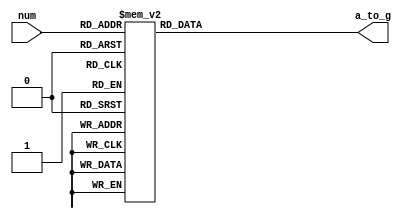
`timescale 1ns / 1ps
//////////////////////////////////////////////////////////////////////////////////
// Company: 
// Engineer: 
// 
// Design Name: 
// Module Name:    sevenseg 
// Project Name: 
// Target Devices: 
// Tool versions: 
// Description: 
//
// Dependencies: 
//
// Revision: 
// Revision 0.01 - File Created
// Additional Comments: 
//
//////////////////////////////////////////////////////////////////////////////////
module sevenseg(
	input [3:0] num,
	output reg [6:0] a_to_g
    );

	always @(*) begin
		case (num)
			//		     abcdefg
			0: a_to_g=7'b0000001;
			1: a_to_g=7'b1001111;
			2: a_to_g=7'b0010010;
			3: a_to_g=7'b0000110;
			4: a_to_g=7'b1001100;
			5: a_to_g=7'b0100100;
			6: a_to_g=7'b0100000;
			7: a_to_g=7'b0001111;
			8: a_to_g=7'b0000000;
			9: a_to_g=7'b0000100;
			default: a_to_g=7'b0000001;
		endcase
	end
endmodule